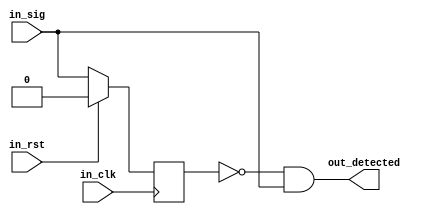
`ifndef EDGE_DETECTION_V
`define EDGE_DETECTION_V

/**
 * @breif 
 * @param Direction 012
 *
 * @param in_clk 
 * @param in_rst ()
 * @param in_sig 
 * @return out_detected 
 * @note:
 * in_sig()
 * A0x1
 * in_sigx1_r_last_statexA0_r_last_state0
 * _r_out_detected
 * (x+1)out_detected1()
 * 
 * in_sig0x1
 * x_r_last_statein_sig1_r_out_dtected
 *
 * EdgeDetection _inst_ed_xxx; xxx
 */
module EdgeDetection #(
    parameter Direction = 0
)(
    input wire in_clk,
    input wire in_rst,
    input wire in_sig,
    output wire out_detected
);

    reg _r_last_state;
    reg _r_out_detected;

    always @(posedge in_clk) begin
        if (in_rst) begin
            _r_last_state <= 1'b0;
        end
        else begin
            _r_last_state <= in_sig;
        end
    end

    always @(*) begin
        case (Direction)
        0: _r_out_detected <= ~_r_last_state && in_sig;
        1: _r_out_detected <= _r_last_state && ~in_sig;
        2: _r_out_detected <= (~_r_last_state && in_sig) || (_r_last_state && ~in_sig);
        endcase
    end

    assign out_detected = _r_out_detected;

endmodule

`ifdef DEBUG_TEST_BENCH
module EdgeDetection_TB(
    input wire in_clk,
    input wire in_rst
);

    reg _r_sig;
    EdgeDetection _inst_ed_1(.in_clk(in_clk), .in_rst(in_rst), .in_sig(_r_sig));

    reg [3:0] _r_counter;

    initial begin
        _r_sig = 0;
        _r_counter = 0;
    end

    always @(posedge in_clk) begin
        _r_counter <= _r_counter + 1;
        if (_r_counter == 2) begin
            _r_counter <= 4'd0;
            _r_sig <= ~_r_sig;
        end
        else begin
            _r_sig <= _r_sig;
        end
    end

endmodule
`endif ///< DEBUG_TEST_BENCH

`endif ///< EDGE_DETECTION_V